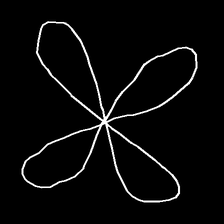
Glyph: billowing